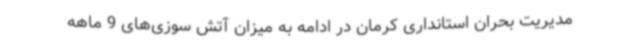
مدیریت بحران استانداری کرمان در ادامه به میزان آتش سوزی‌های 9 ماهه